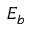
E _ { b }